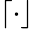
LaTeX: \lceil\cdot\rfloor